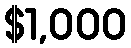
$1,000